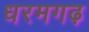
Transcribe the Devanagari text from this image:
धरमगढ़